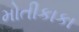
મોતીકાકા